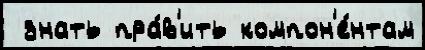
 знать пра́в'ить компон'е́нтам